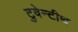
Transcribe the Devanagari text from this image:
टुवेन्टीथ